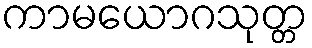
ကာမယောဂသုတ္တ